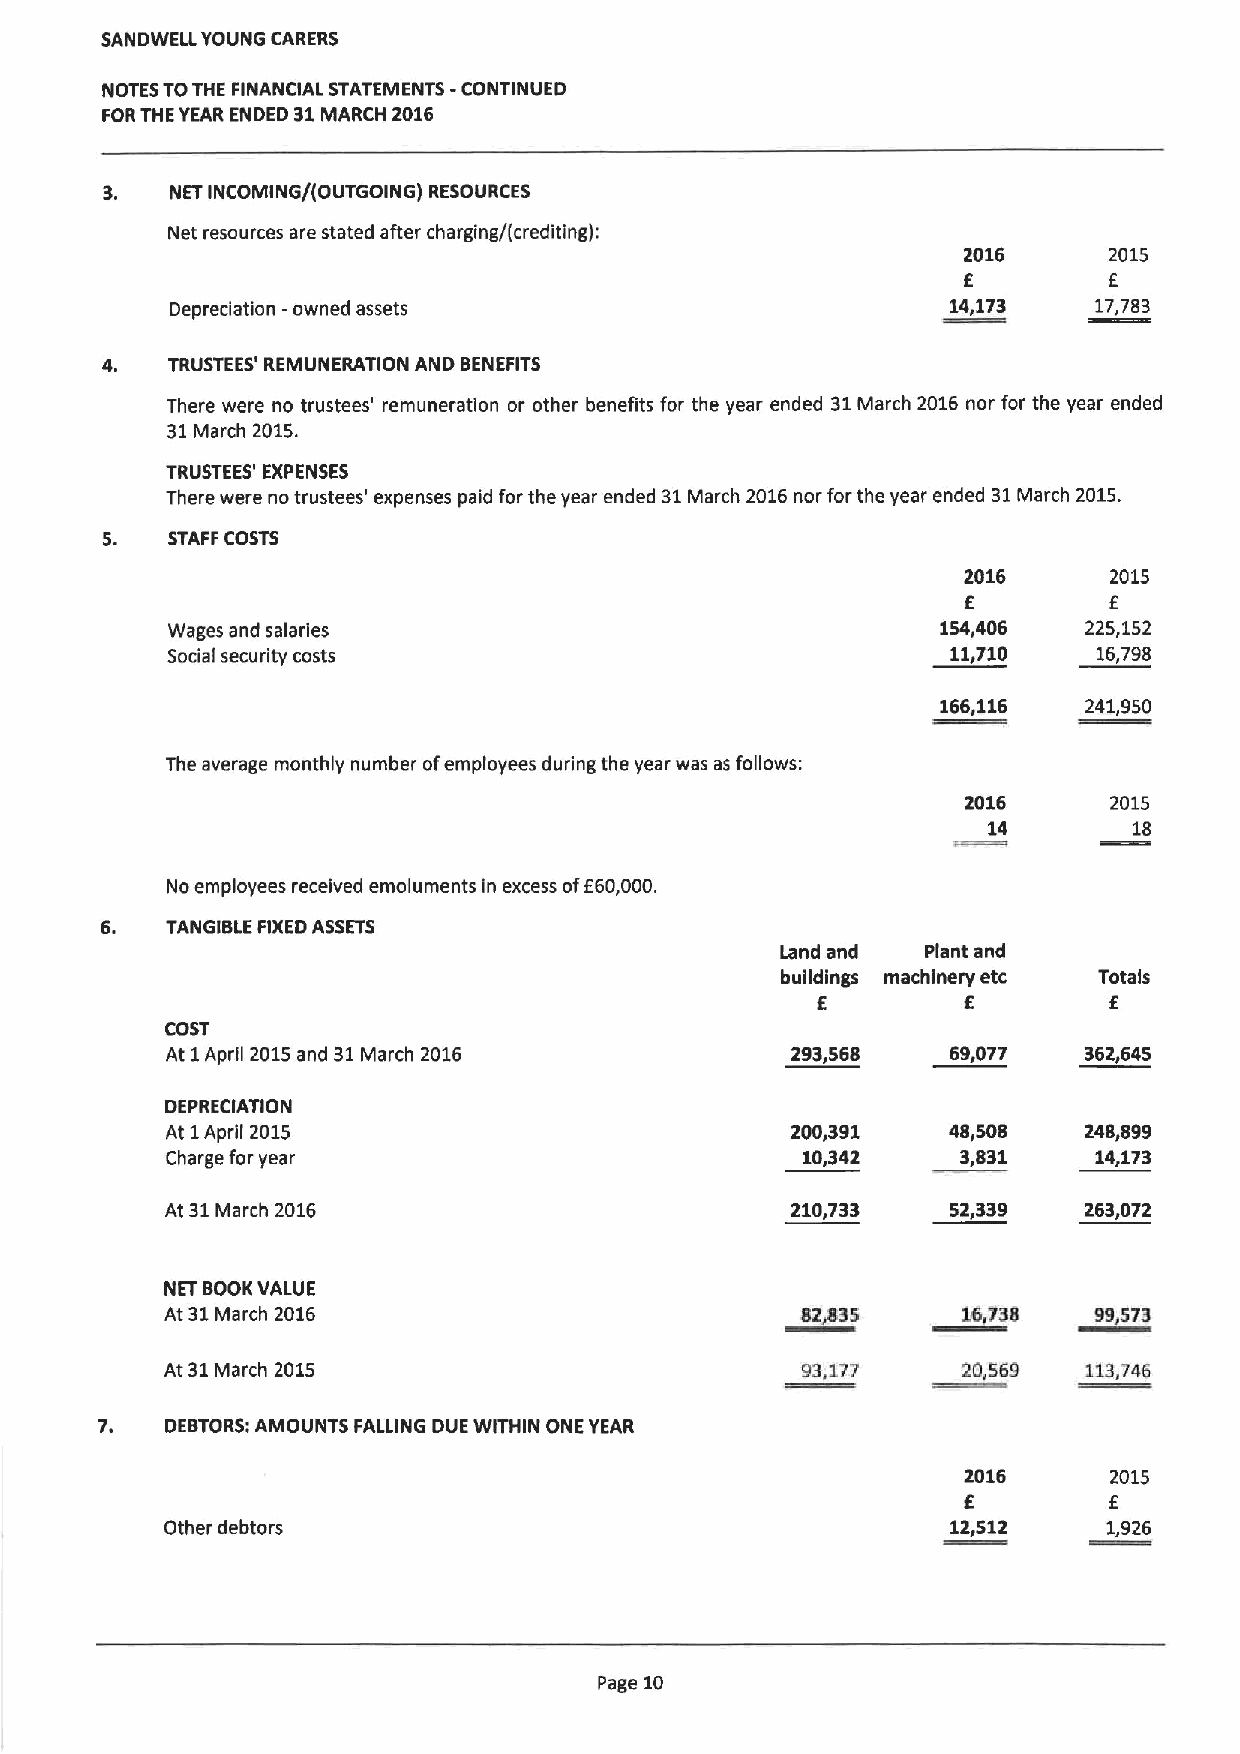
SANDWELL YOUNG CARERS
 -
 NOTES TOTHE FINANCIAL STATEMENTS CONTINUED
 FORTHE YEAR ENDED 31MARCH 2016
 3.  NET INCOMING/(OUTGOING) RESOURCES
 Net resources are stated after charging/(crediting):
 2016     2015
 E        E
 Depreciation -owned assets                          14,173   17,783
 4.  TRUSTEES' REMUNERATION AND BENEFITS
 There were no trustees' remuneration or other benefits for the year ended 31March 2016 nor for the year ended
 31March 2015.
 TRUSTEES' EXPENSES
 There were no trustees' expenses paid for the year ended 31March 2016nor forthe year ended 31March 2015.
 STAFF COSTS
 2016     2015
 f
 E
 Wages and salaries                                 154,406   225,152
 Social security costs                               11,710    16,798
 166,116   241,950
 The average monthly number ofemployees during the year was as follows:
 2016     2015
 14        18
 No employees received emoluments in excess ofE60,000.
 6.  TANGIBLE FIXEDASSETS
 Land and Plant and
 buildings machinery etc Totals
 E         E        E
 COST
 At1April 2015and 31March 2016            293,568    69,077   362,645
 DEPRECIATION
 At 1April 2015                           200,391    48,508   248,899
 Charge for year                           10,342     3,831   14,173
 At 31March 2016                          210,733    52,339   263,072
 NET BOOKVALUE
 At 31March 2016                           82&835     16,738  99,573
 At 31March 2015                           93,177     20,569  113,746
 7.   DEBTORS:AMOUNTS FALLING DUE WITHIN ONE YEAR
 2016     2015
 E        E
 Other debtors                                       12,512    1,926
 Page 10